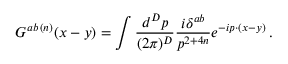
G ^ { a b \, ( n ) } ( x - y ) = \int \frac { d ^ { D } p } { ( 2 \pi ) ^ { D } } \frac { i \delta ^ { a b } } { p ^ { 2 + 4 n } } e ^ { - i p \cdot ( x - y ) } \, .